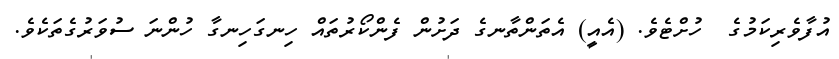
އުފާވެރިކަމުގެ  ހުށްޓެވެ. (އެއީ) އެތަންތާނގެ ދަށުން ފެންކޯރުތައް ހިނގަހިނގާ ހުންނަ ސުވަރުގެތަކެވެ.